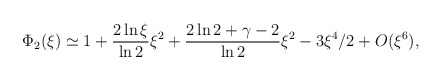
\begin{align*}\Phi_2(\xi) &\simeq 1 + \frac {2 \ln \xi}{\ln2} \xi^2 + \frac{2 \ln 2 +\gamma - 2}{\ln 2} \xi^2 - 3 \xi^4/2 + O (\xi^6), \\ \end{align*}